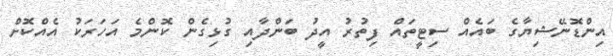
އިންޑޮނޭޝިޔާގެ ބައެއް ސިޓީތައް ފިތުރު އީދު ބަންދާއި ގުޅިގެން ކޮންމެ އަހަރަކު އެއްކޮށް